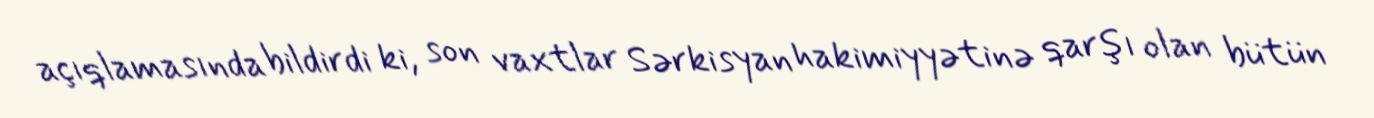
açıqlamasında bildirdi ki, son vaxtlar Sərkisyan hakimiyyətinə qarşı olan bütün